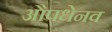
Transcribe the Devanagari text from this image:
औपधेनव